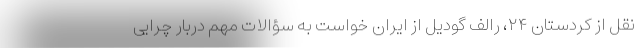
نقل از کردستان ۲۴، رالف گودیل از ایران خواست به سؤالات مهم دربار چرایی